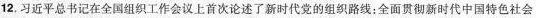
12.习近平总书记在全国组织工作会议上首次论述了新时代党的组织路线：全面贯彻新时代中国特色社会